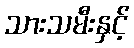
သားသမီးနှင့်